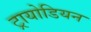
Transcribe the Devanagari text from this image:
ट्रायोडियन